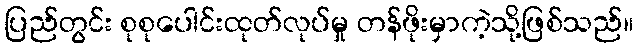
ပြည်တွင်း စုစုပေါင်းထုတ်လုပ်မှု တန်ဖိုးမှာကဲ့သို့ဖြစ်သည်။